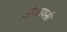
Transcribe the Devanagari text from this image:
जीआयसी